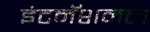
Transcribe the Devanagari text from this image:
इंटनॅशनल